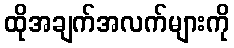
ထိုအချက်အလက်များကို